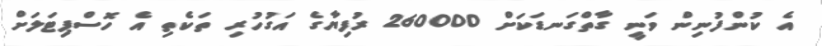
އެ ކުންފުނިން ވަނީ ގާތްގަނޑަކަށް 260000 ރުފިޔާގެ އަގުހުރި ތަކެތި އެ ހޮސްޕިޓަލަށް